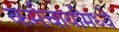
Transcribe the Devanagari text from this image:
कर्मचार्यांमध्ये